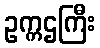
ဥက္ကဌကြီး